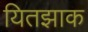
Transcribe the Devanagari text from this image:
यितझाक